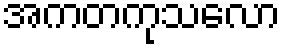
အကတကုသလော